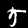
Digit: 5